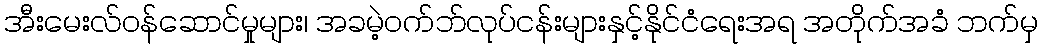
အီးမေးလ်ဝန်ဆောင်မှုများ၊ အခမဲ့ဝက်ဘ်လုပ်ငန်းများနှင့်နိုင်ငံရေးအရ အတိုက်အခံ ဘက်မှ